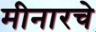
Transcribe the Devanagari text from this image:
मीनारचे